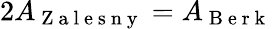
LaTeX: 2A_{\mathrm{~Z~a~l~e~s~n~y~}}=A_{\mathrm{~B~e~r~k~}}